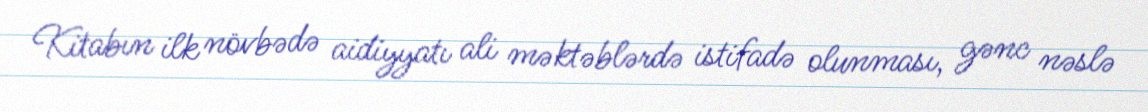
Kitabın ilk növbədə aidiyyatı ali məktəblərdə istifadə olunması, gənc nəslə